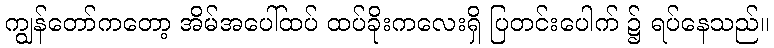
ကျွန်တော်ကတော့ အိမ်အပေါ်ထပ် ထပ်ခိုးကလေးရှိ ပြတင်းပေါက် ၌ ရပ်နေသည်။